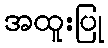
အထူးပြု